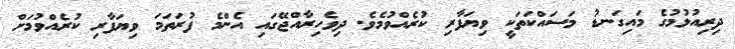
ދިރިއުޅުމުގެ މައިގަނޑު މަސައްކަތަކީ ވިޔަފާރި ކުރެއްވުމެވެ. ދިވެހިރާއްޖޭގައި އެންމެ ފުރަތަމަ ވިޔަފާރި ކުރެއްވުމަށް